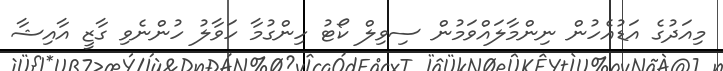
މިއަދުގެ އަޑުއެހުން ނިންމާލައްވަމުން ސިވިލް ކޯޓު ހިންގުމާ ހަވާލު ހުންނެވި ގާޒީ އާއިޝާ